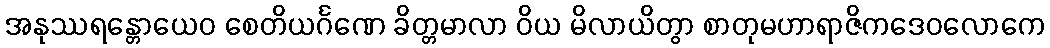
အနုဿရန္တောယေဝ စေတိယင်္ဂဏေ ခိတ္တမာလာ ဝိယ မိလာယိတွာ စာတုမဟာရာဇိကဒေဝလောကေ